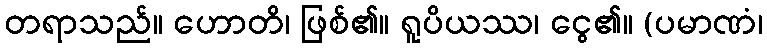
တရာသည်။ ဟောတိ၊ ဖြစ်၏။ ရူပိယဿ၊ ငွေ၏။ (ပမာဏံ၊